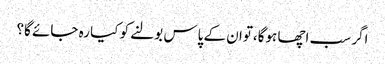
اگر سب اچھا ہوگا،توان کے پاس بولنے کو کیا رہ جائے گا؟